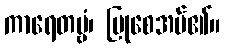
ကာရေတဗ္ဗံ၊ ပြုစေအပ်၏။